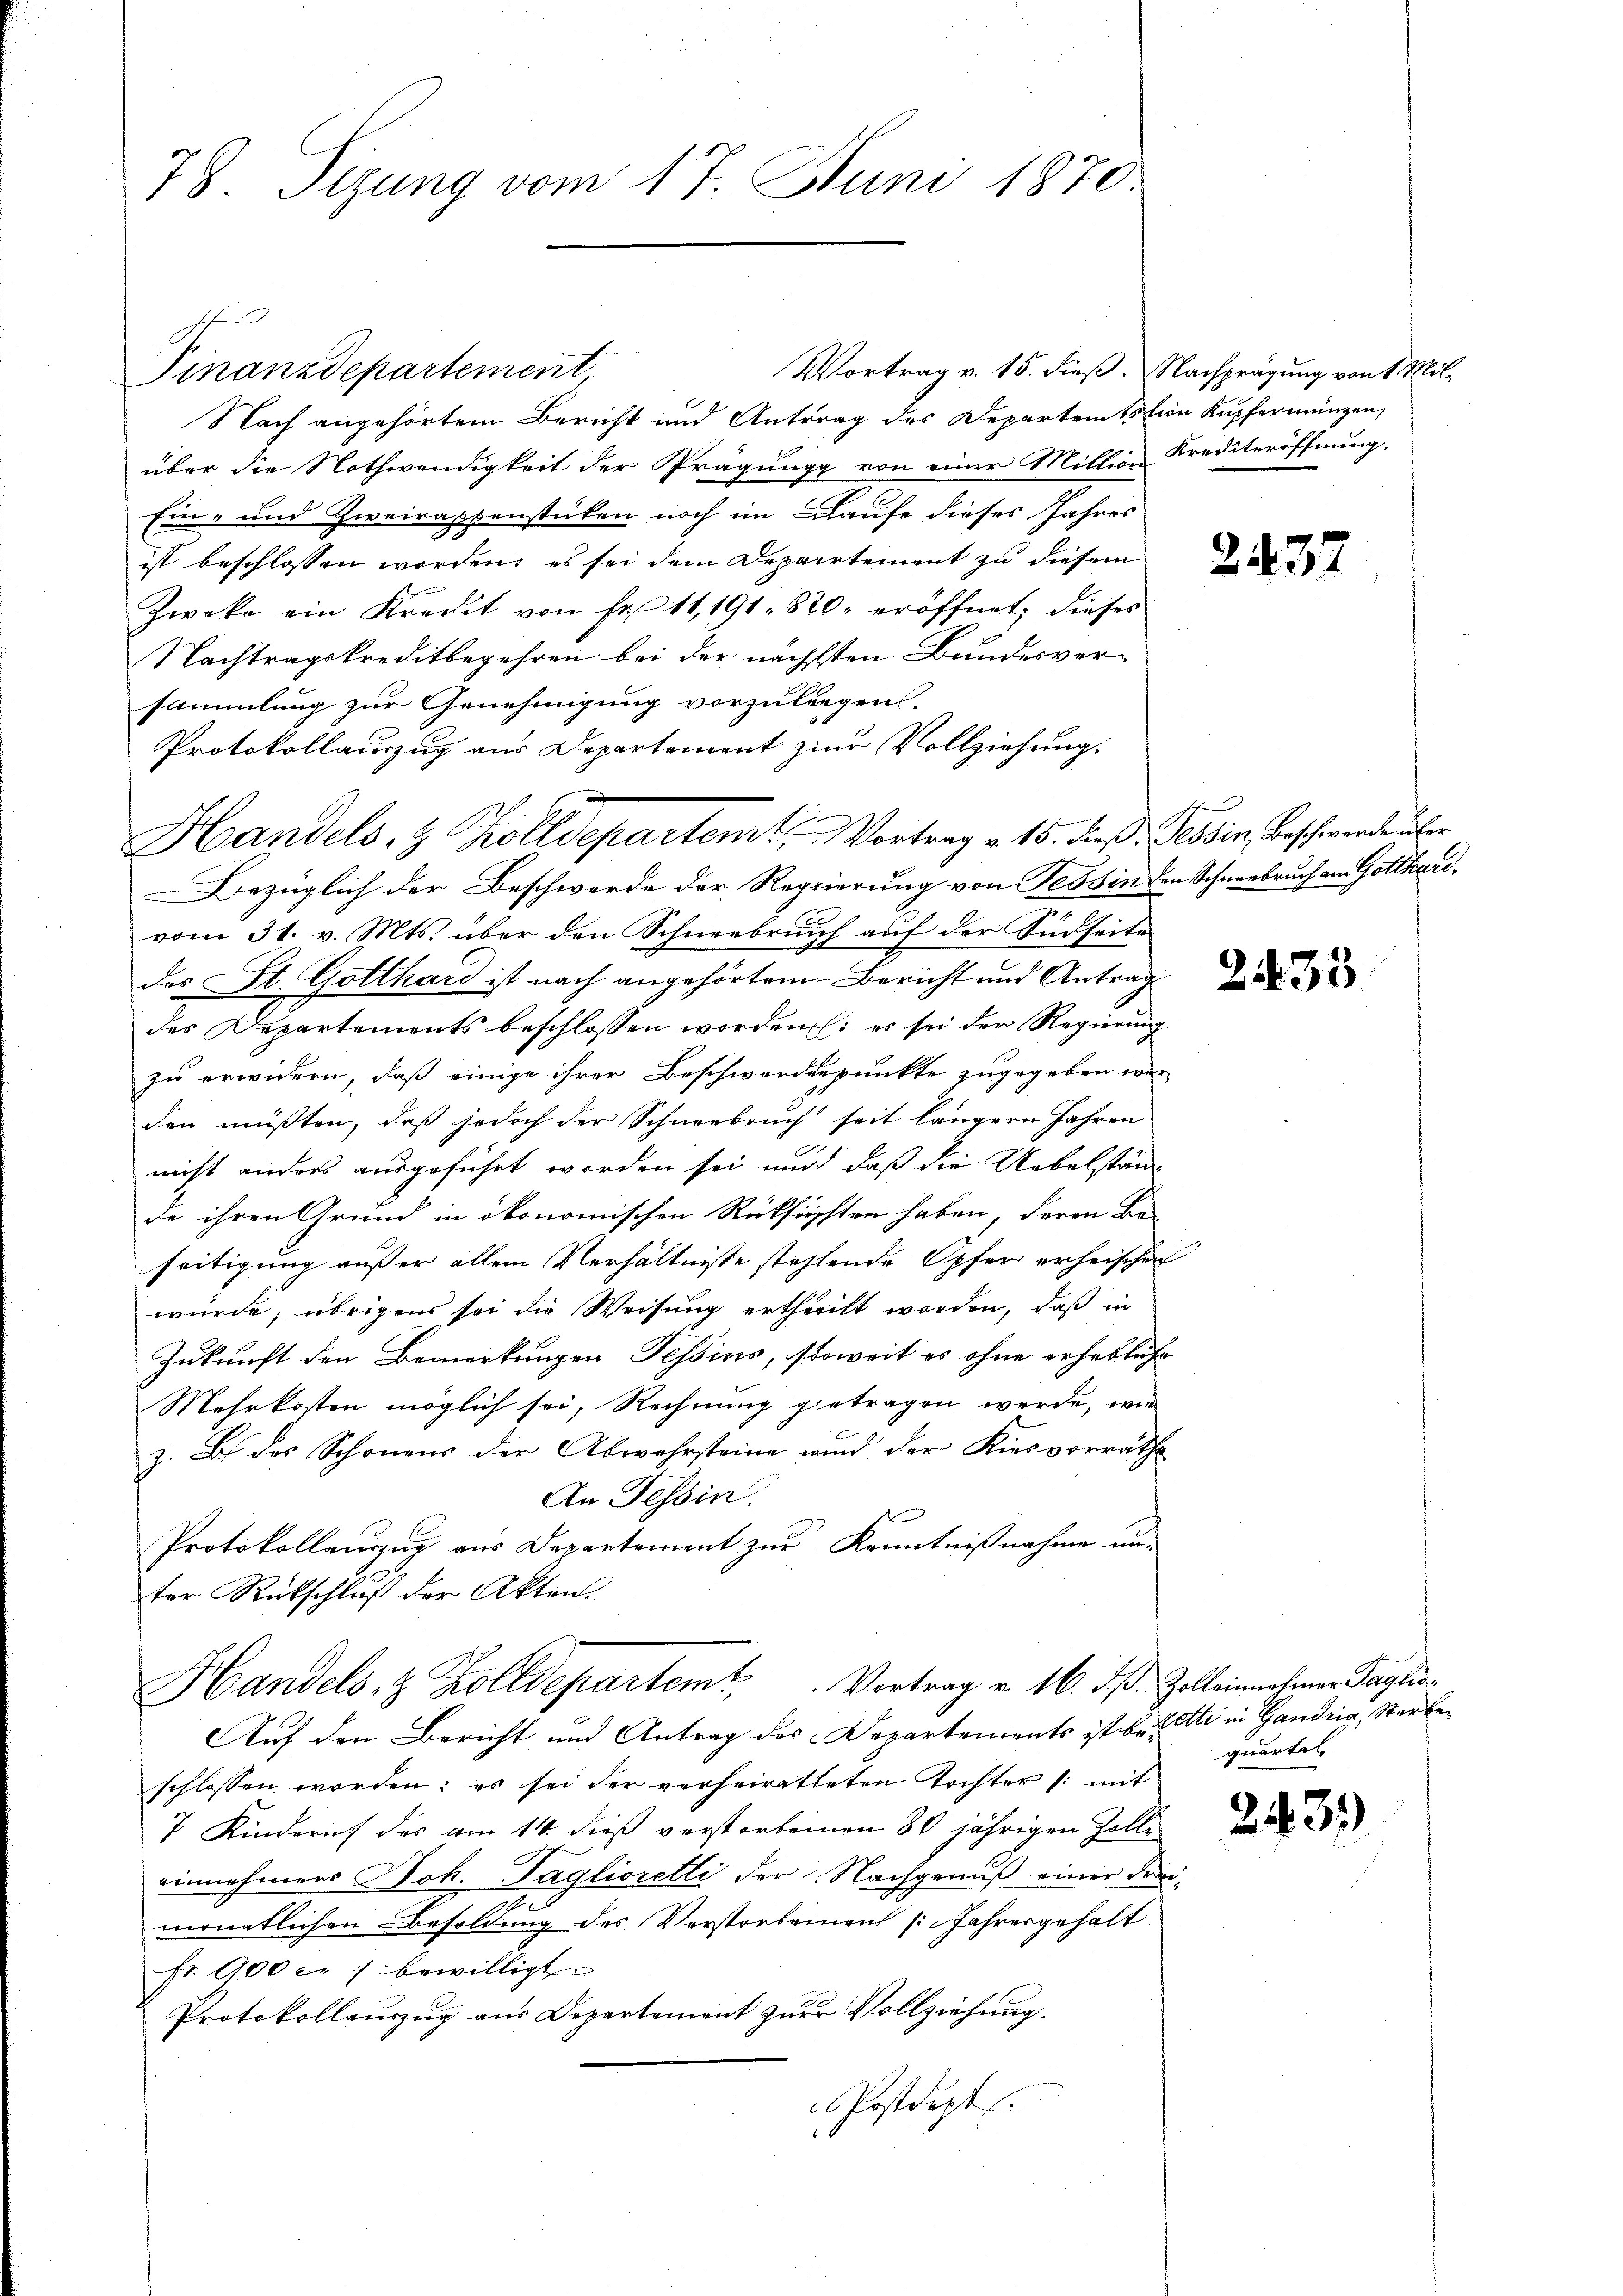
78. Sizung vom 17. Juni 1870

Vortrag v. 15. dieß. Nachprägung von 1 Mil¬
Finanzdepartement
Nach angehörtem Bericht und Antrag des Departemtstion Kupfermünzen,
über die Nothwendigkeit der Prägung von einer Million Krediteröffnung.
Ein- und Zweirappenstücken noch im Laufe dieses Jahres
ist beschlossen worden; es sei dem Departement zu diesem
Zweka ein Kredit von Fr. 11, 191. 820. eröffnet, dieses
Nachtragskreditbegehren bei der nächsten Bundesversammlung zur Genehmigung vorzuliegen.
Protokollauszug aus Departement zur Vollziehung.
Bezüglich der Beschwerde der Regierung von Tessin den Schneebruch am Gotthardvom 31. v. Mts. über den Schneebruch auf der Südseite
des St. Gotthard ist nach angehörtem Bericht und Antrag
des Departements beschlossen worden (: es sei der Regierung
zu erwidern, daß einige ihrer Beschwerdenpunkte zugegeben wer-
den müßten, daß jedoch der Schneebruch seit längern Jahren
nicht anderes ausgeführt werden sei und daß die Uebelständ
de ihren Grund in ökonomischen Rücksichten haben, deren Be-
seitigung außer allem Verhältnisse stehlende Opfer erheischen
würde; übrigens sei die Weisung ertheilt worden, daß in
Zukunft den Bemerkungen Tessins, soweit es ohne erhebliche
Mehrkosten möglich sei, Rechnung getragen werde, wie
z. B. des Schönens der Abwehrsteine und der Kiesvorräthe
An Tessin.
Protokollauszug aus Departement zur Kenntnißnahme unter Rückschluß der Akten.
Handels- & Zolldepartem Vortrag v. 16. dß. Zolleinnahmen Tagli
Auf den Bericht und Antrag des Departements ist befetti in Gandria, Sterbeschlossen worden; es sei der verheiratteten Tochter /: mit
7 Kindern des am 14. dieß verstorbeinen 80 jährigen Zolle
einnehmers Joh. Taglioretti der Nachgenuß einer Freimonatlichen Besoldung des Vorstorbenen Jahresgehalt
fr. 900 er bewilligt
Protokollaŭszŭg aŭs Departement zŭr Vollziehung.
Postdept.
4

Handels- & Zolldepartent, Vortrag v. 15. dieß: Tessin, Beschwerde über

2437

2435

quartal

2431)